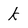
Character: K